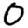
Digit: 0